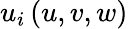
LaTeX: u_{i}\left(u,v,w\right)